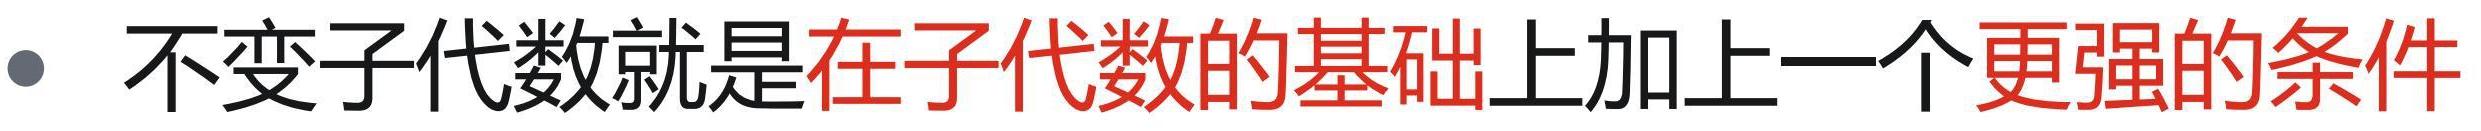
#NAME?